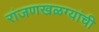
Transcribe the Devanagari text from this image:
रांजणखळग्यांची